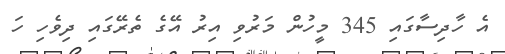
އެ ހާދިސާގައި 345 މީހުން މަރުވި އިރު އޭގެ ތެރޭގައި ދިވެހި ހަ